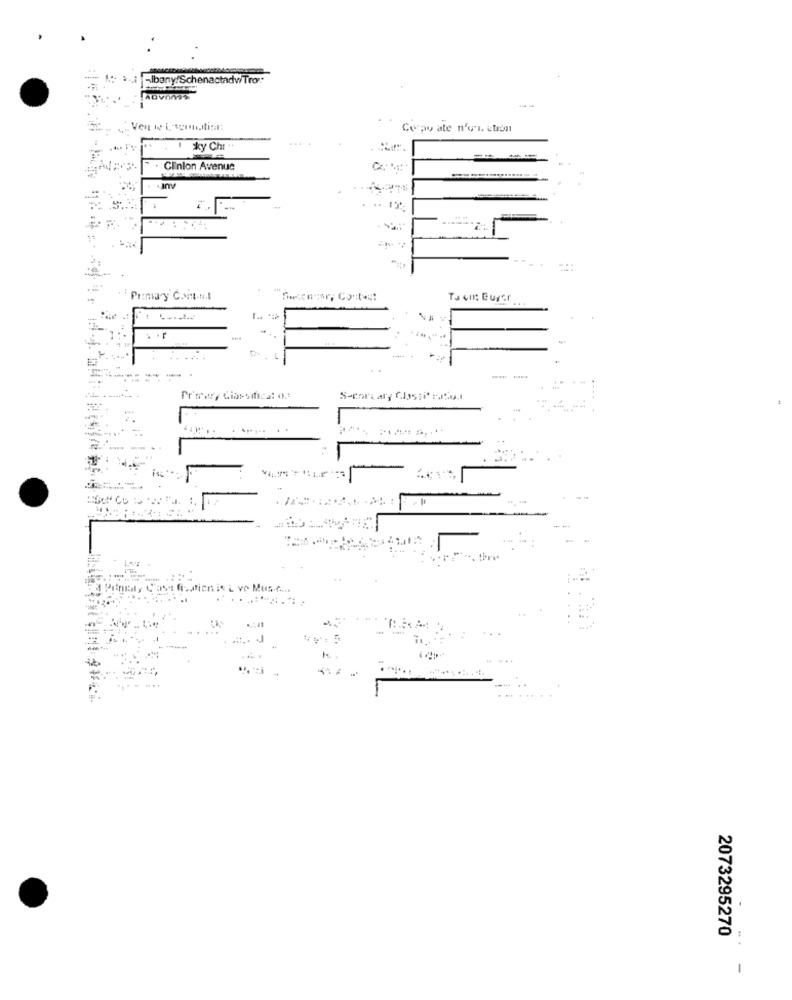
Albany!SchenactadwTro"
Corpo ate n'en. ction
Sky Cht
Clinion Avenue
.:
Primary Cont.n.l
Ta oil: Buger ...
..
. ..
--
S-cortar, Classi' ratay.
3 Penal, Case Quation it L ve Must
............
2073295270
..
1